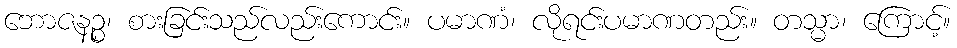
ဘောဇနဉ္စ၊ စားခြင်းသည်လည်းကောင်း။ ပမာဏံ၊ လိုရင်းပမာဏတည်း။ တသ္မာ၊ ကြောင့်။